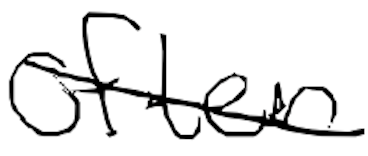
Text: often
Cross-out: mix
Writing tool: digital_black